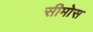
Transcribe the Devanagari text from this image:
सीमोस